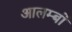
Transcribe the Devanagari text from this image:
आलम्बों